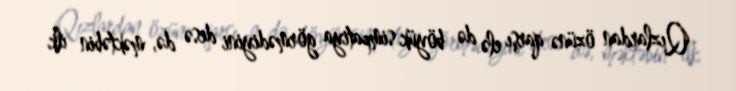
Qızlardan özünə qarşı elə də böyük simpatiya görmədiyini desə də, məktəbin ilk